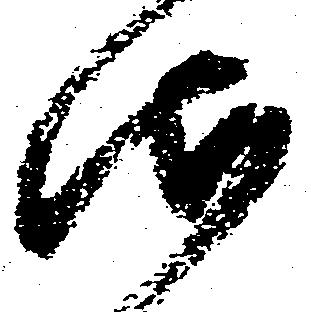
御